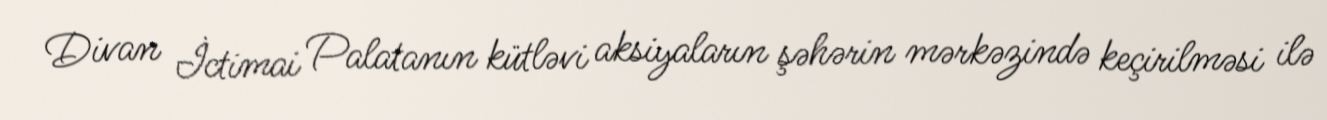
Divan İctimai Palatanın kütləvi aksiyaların şəhərin mərkəzində keçirilməsi ilə